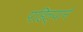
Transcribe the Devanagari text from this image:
पहिल्याने